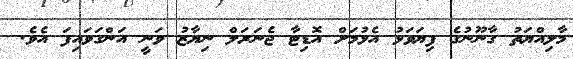
މާލިއްޔަތު ގާނޫނުގެ ފިޔަވަޅު އެޅުމަށް އޮޑިޓާ ޖެނަރަލް ނިޔާޒު ވަނީ އަންގަވައިފަ އެވެ.